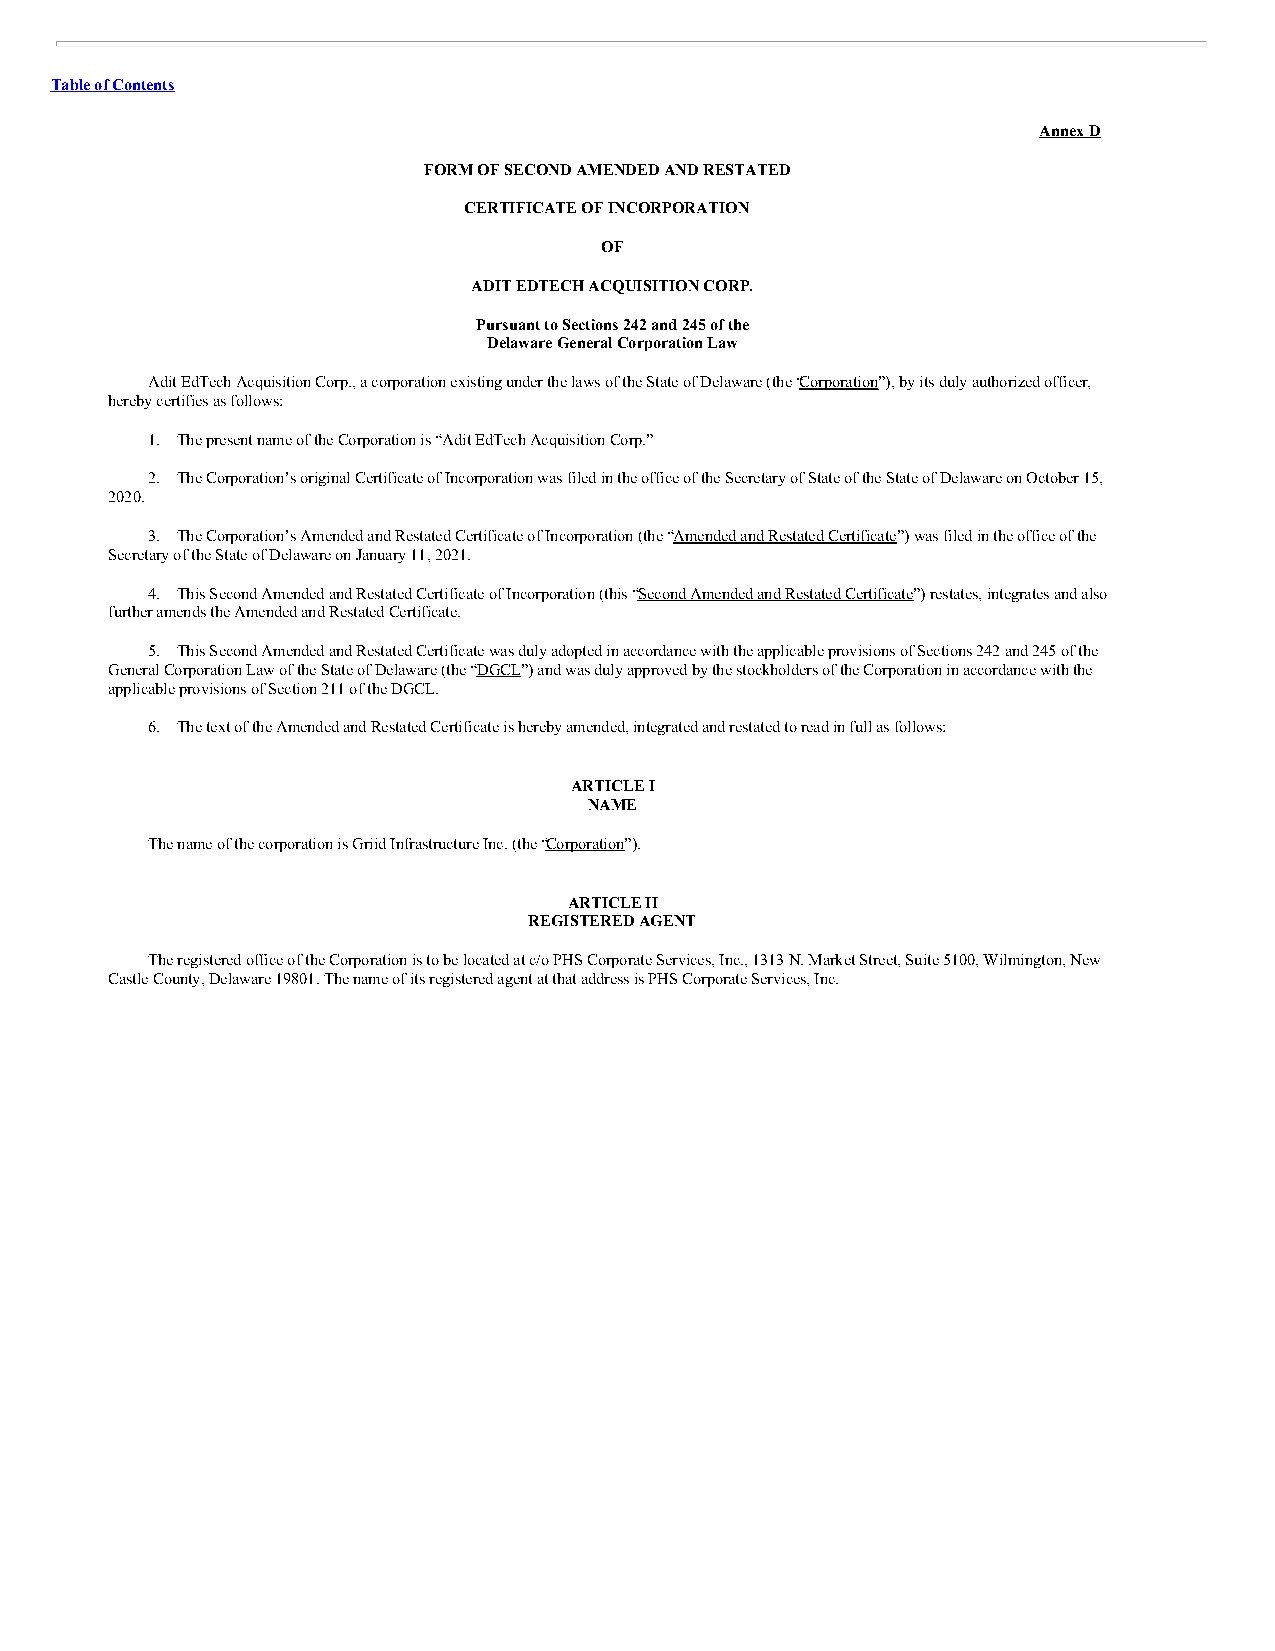
Table of Contents
 Annex D
 FORM OF SECOND AMENDED AND RESTATED
 CERTIFICATE OF INCORPORATION
 OF
 ADIT EDTECH ACQUISITION CORP.
 Pursuant to Sections 242 and 245 of the
 Delaware General Corporation Law
 Adit EdTech Acquisition Corp., a corporation existing under the laws of the State of Delaware (the “Corporation”), by its duly authorized officer,
 hereby certifies as follows:
 1. The present name of the Corporation is “Adit EdTech Acquisition Corp.”
 2. The Corporation’s original Certificate of Incorporation was filed in the office of the Secretary of State of the State of Delaware on October 15,
 2020.
 3. The Corporation’s Amended and Restated Certificate of Incorporation (the “Amended and Restated Certificate”) was filed in the office of the
 Secretary of the State of Delaware on January 11, 2021.
 4. This Second Amended and Restated Certificate of Incorporation (this “Second Amended and Restated Certificate”) restates, integrates and also
 further amends the Amended and Restated Certificate.
 5. This Second Amended and Restated Certificate was duly adopted in accordance with the applicable provisions of Sections 242 and 245 of the
 General Corporation Law of the State of Delaware (the “DGCL”) and was duly approved by the stockholders of the Corporation in accordance with the
 applicable provisions of Section 211 of the DGCL.
 6. The text of the Amended and Restated Certificate is hereby amended, integrated and restated to read in full as follows:
 ARTICLE I
 NAME
 The name of the corporation is Griid Infrastructure Inc. (the “Corporation”).
 ARTICLE II
 REGISTERED AGENT
 The registered office of the Corporation is to be located at c/o PHS Corporate Services, Inc., 1313 N. Market Street, Suite 5100, Wilmington, New
 Castle County, Delaware 19801. The name of its registered agent at that address is PHS Corporate Services, Inc.